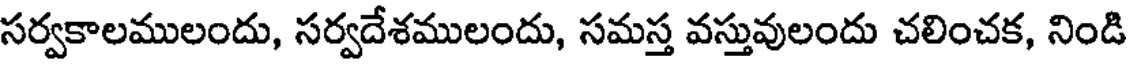
సర్వకాలములందు, సర్వదేశములందు, సమస్త వస్తువులందు చలించక, నిండి